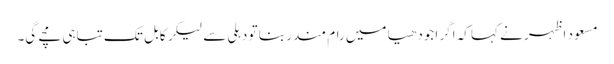
مسعود اظہر نے کہا کہ اگر اجودھیا میں رام مندر بنا تو دہلی سے لیکر کابل تک تباہی مچے گی۔